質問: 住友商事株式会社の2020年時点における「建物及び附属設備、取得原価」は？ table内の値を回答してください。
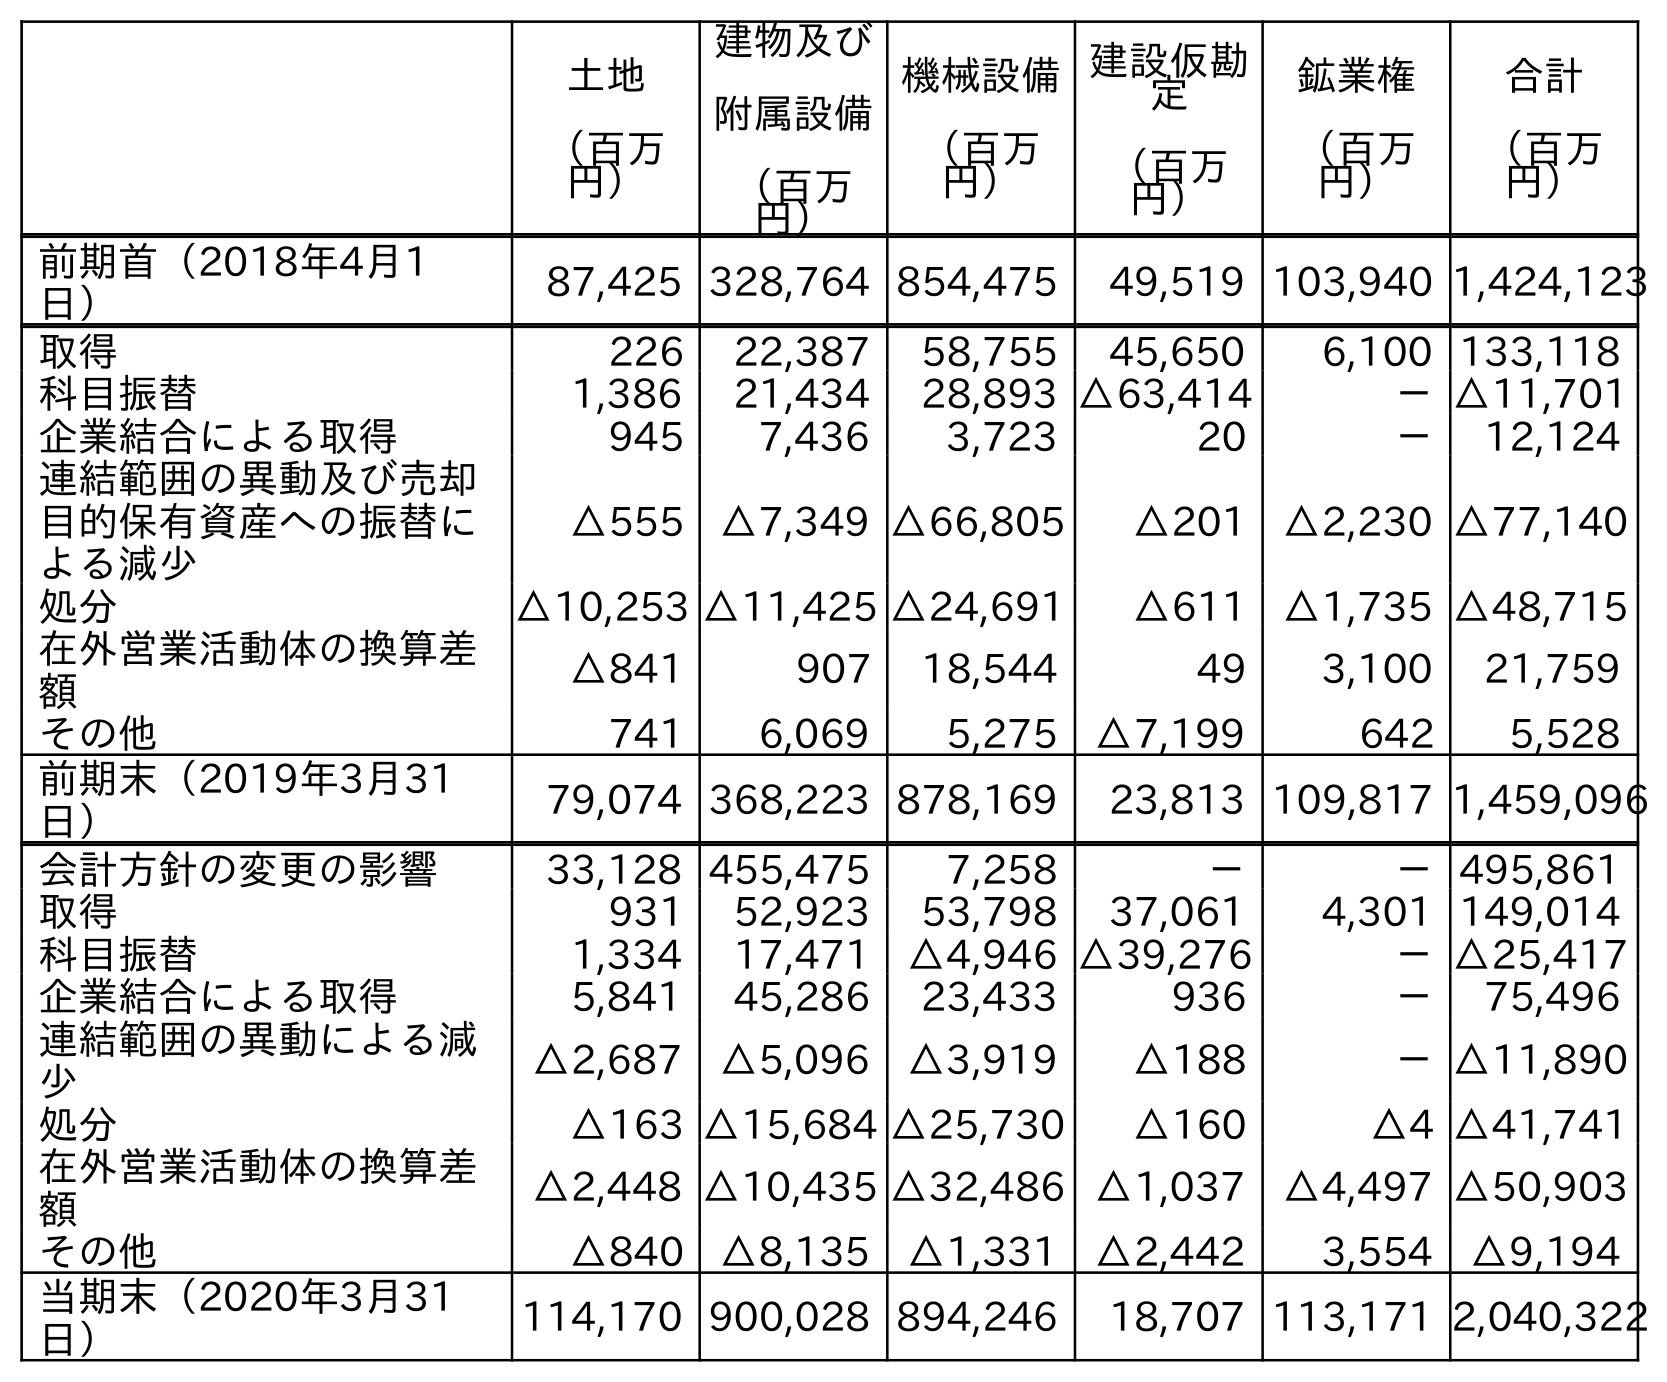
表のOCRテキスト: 土地 （百万 円） 建物及び 附属設備 （百万 円） 機械設備 （百万 円） 建設仮勘 定 （百万 円） 鉱業権 （百万 円） 合計 （百万 円） 前期首（2018年4月1 日） 87,425 328,764 854,475 49,519 103,940 1,424,123 取得 226 22,387 58,755 45,650 6,100 133,118 科目振替 1,386 21,434 28,893 △63,414 －△11,701 企業結合による取得 945 7,436 3,723 20 － 12,124 連結範囲の異動及び売却 目的保有資産への振替に よる減少 △555 △7,349 △66,805 △201 △2,230 △77,140 処分 △10,253 △11,425 △24,691 △611 △1,735 △48,715 在外営業活動体の換算差 額 △841 907 18,544 49 3,100 21,759 その他 741 6,069 5,275 △7,199 642 5,528 前期末（2019年3月31 日） 79,074 368,223 878,169 23,813 109,817 1,459,096 会計方針の変更の影響 33,128 455,475 7,258 － －495,861 取得 931 52,923 53,798 37,061 4,301 149,014 科目振替 1,334 17,471 △4,946 △39,276 －△25,417 企業結合による取得 5,841 45,286 23,433 936 － 75,496 連結範囲の異動による減 少 △2,687 △5,096 △3,919 △188 －△11,890 処分 △163 △15,684 △25,730 △160 △4 △41,741 在外営業活動体の換算差 額 △2,448 △10,435 △32,486 △1,037 △4,497 △50,903 その他 △840 △8,135 △1,331 △2,442 3,554 △9,194 当期末（2020年3月31 日） 114,170 900,028 894,246 18,707 113,171 2,040,322
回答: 900,028